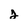
Character: j